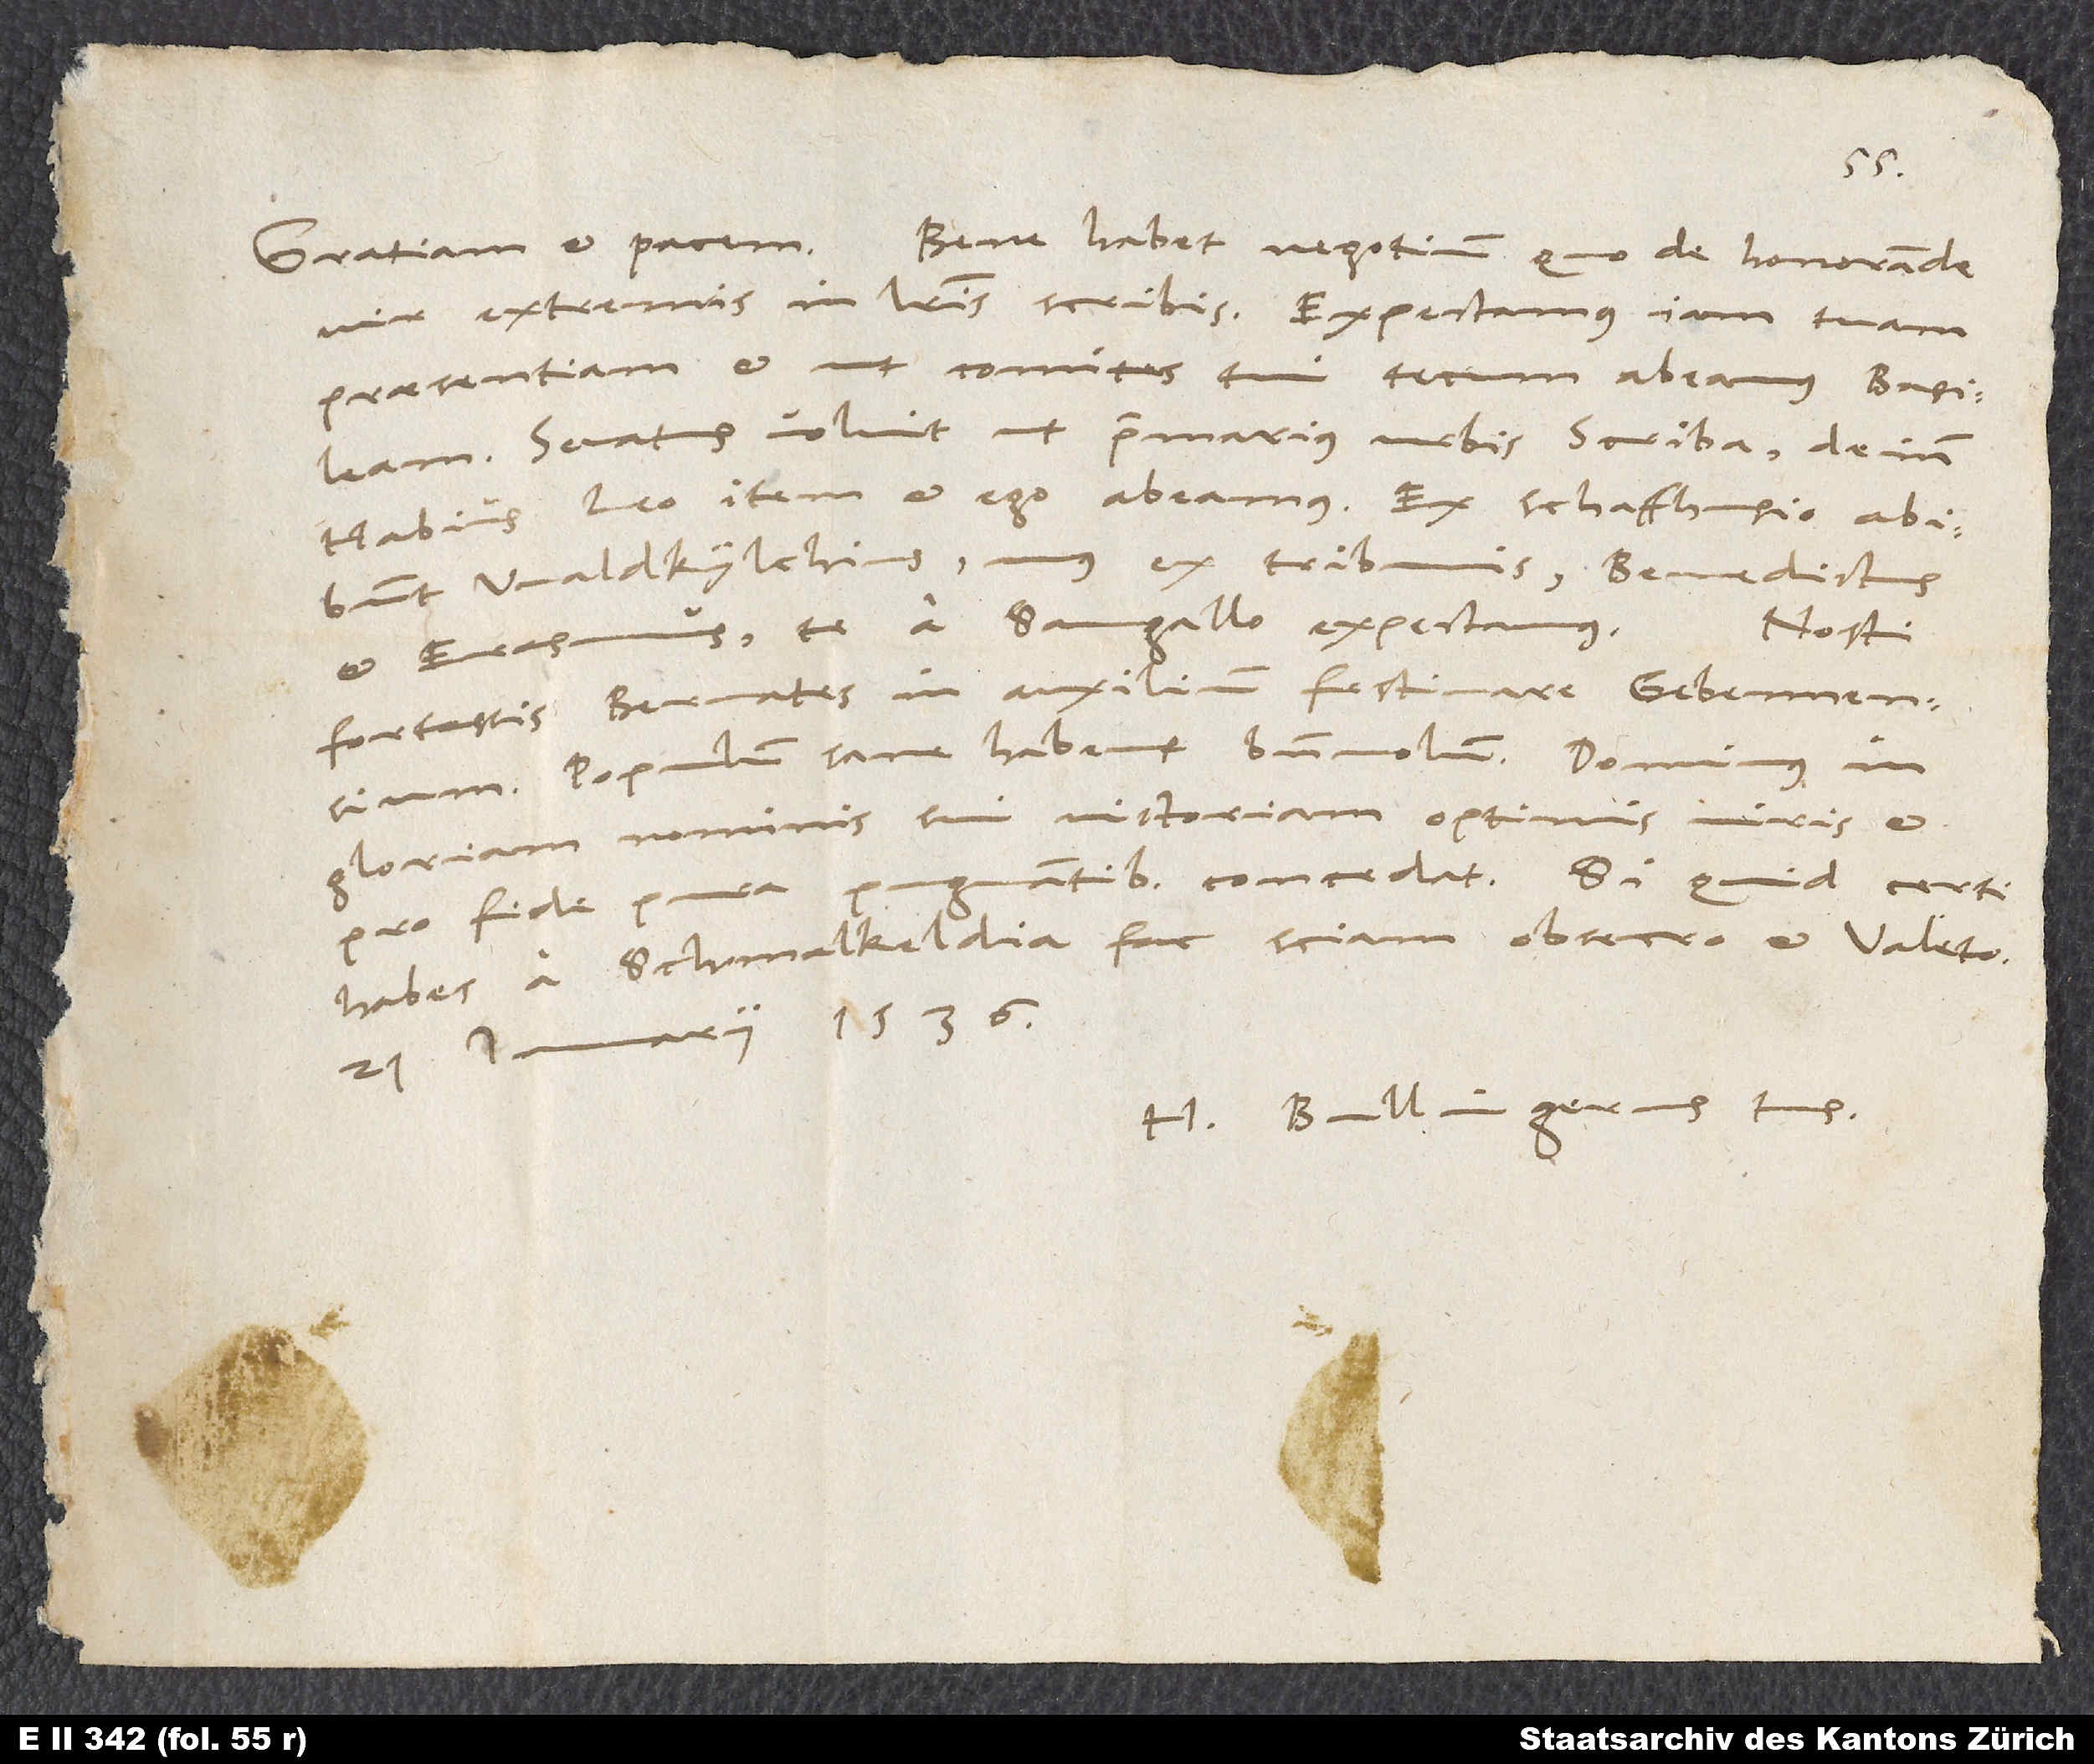
vir, extremis in literis scribis. Expectamus iam tuam
praesentiam, et ut comites tui tecum abeamus Basileam.
Senatus voluit, ut primarius urbis scriba, deinde
Habius, Leo item et ego abeamus. Ex Schaffhusio abibunt
Waldkylchius, unus ex tribunis, Benedictus
Nosti
et Erasmus. Te a Sangallo expectamus.
fortassis Bernates in auxilium festinare Gebennensium.
Populum sane habent benevolum. Dominus in
gloriam nominis sui victoriam optimis viris et
pro fide pura
habes a Schmalkeldia, fac sciam, obsecro, et valeto.
21. ianuarii 1536.
H. Bullingerus tuus.